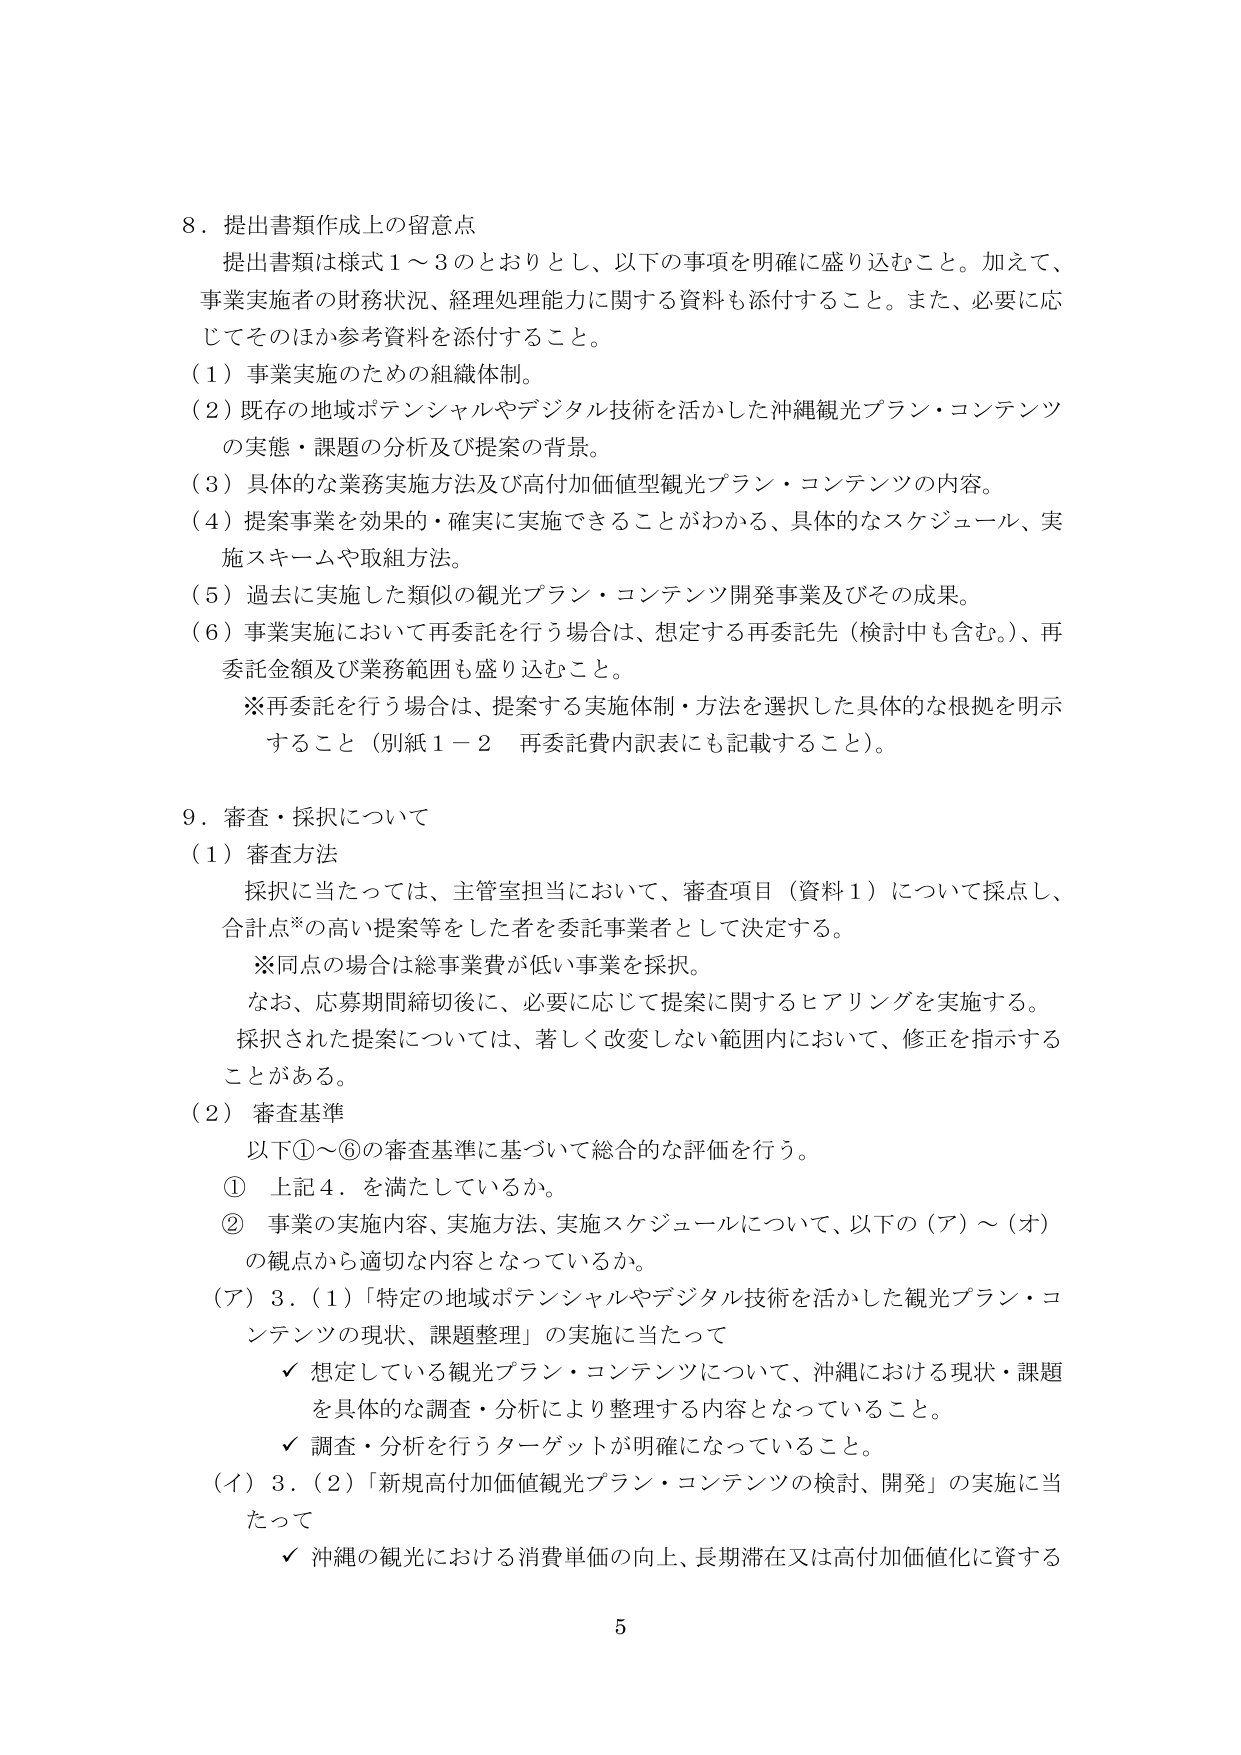
8．提出書類作成上の留意点
提出書類は様式１～３のとおりとし、以下の事項を明確に盛り込むこと。加えて、
事業実施者の財務状況、経理処理能力に関する資料も添付すること。また、必要に応じてそのほか参考資料を添付すること。
（１）事業実施のための組織体制。
（２）既存の地域ポテンシャルやデジタル技術を活かした沖縄観光プラン・コンテンツの実態・課題の分析及び提案の背景。
（３）具体的な業務実施方法及び高付加価値型観光プラン・コンテンツの内容。
（４）提案事業を効果的・確実に実施できることがわかる、具体的なスケジュール、実施スキームや取組方法。
（５）過去に実施した類似の観光プラン・コンテンツ開発事業及びその成果。
（６）事業実施において再委託を行う場合は、想定する再委託先（検討中も含む。）、再委託金額及び業務範囲も盛り込むこと。
※再委託を行う場合は、提案する実施体制・方法を選択した具体的な根拠を明示すること（別紙１－２ 再委託費内訳表にも記載すること）。

9．審査・採択について
（１）審査方法
採択に当たっては、主管室担当において、審査項目（資料１）について採点し、合計点※の高い提案等をした者を委託事業者として決定する。
※同点の場合は総事業費が低い事業を採択。
なお、応募期間締切後に、必要に応じて提案に関するヒアリングを実施する。
採択された提案については、著しく改変しない範囲内において、修正を指示することがある。
（２）審査基準
以下①～⑥の審査基準に基づいて総合的な評価を行う。
① 上記4．を満たしているか。
② 事業の実施内容、実施方法、実施スケジュールについて、以下の（ア）～（オ）の観点から適切な内容となっているか。
（ア）3．（1）「特定の地域ポテンシャルやデジタル技術を活かした観光プラン・コンテンツの現状、課題整理」の実施に当たって
　　✓ 想定している観光プラン・コンテンツについて、沖縄における現状・課題を具体的な調査・分析により整理する内容となっていること。
　　✓ 調査・分析を行うターゲットが明確になっていること。
（イ）3．（2）「新規高付加価値観光プラン・コンテンツの検討、開発」の実施に当たって
　　✓ 沖縄の観光における消費単価の向上、長期滞在又は高付加価値化に資する

5